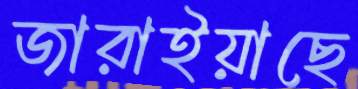
জারাইয়াছে